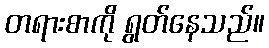
တရားစာကို ရွတ်နေသည်။